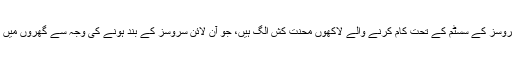
آن لائن سروسز کے سسٹم کے تحت کام کرنے والے لاکھوں محنت کش الگ ہیں، جو آن لائن سروسز کے بند ہونے کی وجہ سے گھروں میں بیٹھ گئے۔